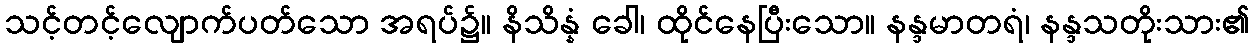
သင့်တင့်လျောက်ပတ်သော အရပ်၌။ နိသိန္နံ ခေါ၊ ထိုင်နေပြီးသော။ နန္ဒမာတရံ၊ နန္ဒသတိုးသား၏